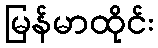
မြန်မာထိုင်း